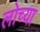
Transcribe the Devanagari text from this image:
लोच्या